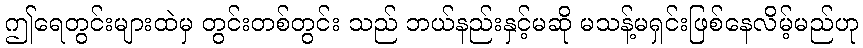
ဤရေတွင်းများထဲမှ တွင်းတစ်တွင်း သည် ဘယ်နည်းနှင့်မဆို မသန့်မရှင်းဖြစ်နေလိမ့်မည်ဟု